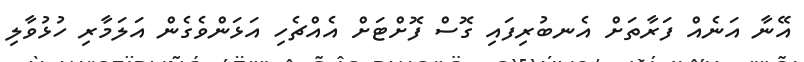
އޭނާ އަނެއް ފަރާތަށް އެނބުރިފައި ގޮސް ފޮށްޓަށް އެއްޗެހި އަޅަންވެގެން އަލަމާރި ހުޅުވާލި